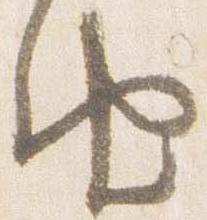
由